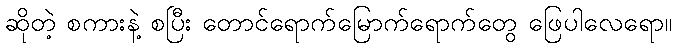
ဆိုတဲ့ စကားနဲ့ စပြီး တောင်ရောက်မြောက်ရောက်တွေ ဖြေပါလေရော။